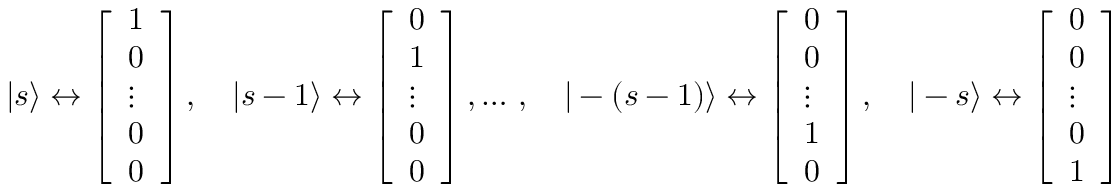
| s \rangle \leftrightarrow { \left[ \begin{array} { l } { 1 } \\ { 0 } \\ { \vdots } \\ { 0 } \\ { 0 } \end{array} \right] } \, , \quad | s - 1 \rangle \leftrightarrow { \left[ \begin{array} { l } { 0 } \\ { 1 } \\ { \vdots } \\ { 0 } \\ { 0 } \end{array} \right] } \, , \ldots \, , \quad | - ( s - 1 ) \rangle \leftrightarrow { \left[ \begin{array} { l } { 0 } \\ { 0 } \\ { \vdots } \\ { 1 } \\ { 0 } \end{array} \right] } \, , \quad | - s \rangle \leftrightarrow { \left[ \begin{array} { l } { 0 } \\ { 0 } \\ { \vdots } \\ { 0 } \\ { 1 } \end{array} \right] }